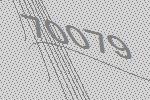
70079